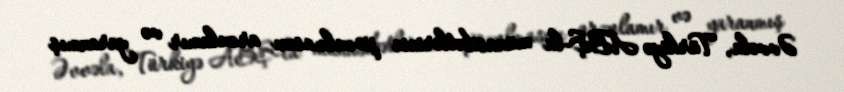
Əvvəla, Türkiyə ABŞ-la münasibətlərinin pozulmasını arzulamır və yaranmış